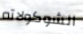
الشوكولاته